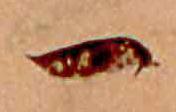
一